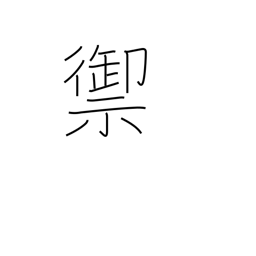
Meaning: resist